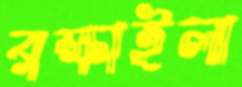
রক্ষাইলা